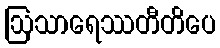
ဩသာရေဿတီတိပေ